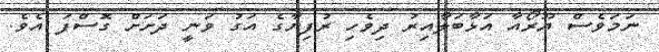
ނަމަވެސް ޔޫރޯއާ އަޅާބަލާއިރު ދިވެހި ރުފިޔާގެ އަގު ވަނީ ދަށަށް ގޮސްފަ އެވެ.